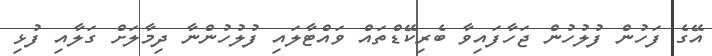
އޭގެ ފަހުން ފުލުހުން ޖަހާފައިވާ ބެރިކޭޑްތައް ވައްޓާލައި ފުލުހުންނާ ދިމާލަށް ގަލާއި ފުޅި